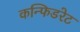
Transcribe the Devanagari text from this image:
कन्फिडरेट